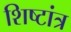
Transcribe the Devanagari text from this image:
शिष्टांत्र